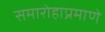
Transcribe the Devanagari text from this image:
समारोहाप्रमाणे